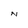
Character: N